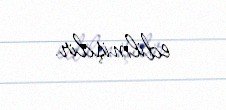
edilmişdir.